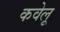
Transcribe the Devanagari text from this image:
कवेलू